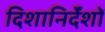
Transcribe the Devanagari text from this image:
दिशानिर्देंशों